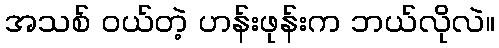
အသစ် ဝယ်တဲ့ ဟန်းဖုန်းက ဘယ်လိုလဲ။